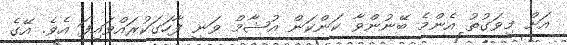
އަށް މިވަގުތު އެންމެ ބޭނުންވާ ކަންކަން އުޝާމް ވަނީ ފާހަގަކުރައްވައިފަ އެވެ. އޭގެ